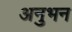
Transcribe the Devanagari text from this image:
अनुभन